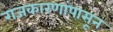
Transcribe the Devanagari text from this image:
राजकारणांपासून